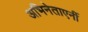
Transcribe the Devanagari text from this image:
अभिनेताएर्नी